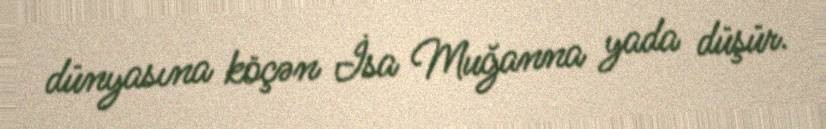
dünyasına köçən İsa Muğanna yada düşür.